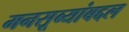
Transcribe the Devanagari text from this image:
मनसूब्यांबद्दल